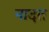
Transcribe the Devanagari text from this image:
नादत